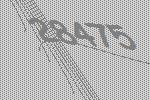
28475